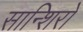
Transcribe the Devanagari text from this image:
सान्शिरो